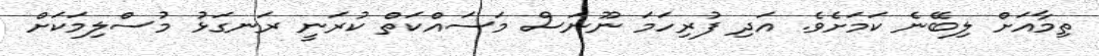
ތިމާއަށް ލިބޭނެ ކަމަށެވެ. އަދި ފުރިހަމަ ނޫނަސް މަސައްކަތް ކުރަނީ ރަނގަޅު މުސްލިމަކަށް